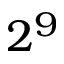
2 ^ { 9 }